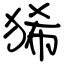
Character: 狶